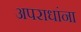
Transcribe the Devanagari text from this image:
अपराधांना